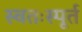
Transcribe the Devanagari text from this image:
स्वतःस्पूर्त